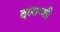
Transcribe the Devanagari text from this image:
दलाम्शी